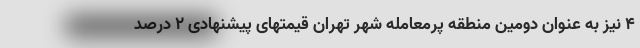
۴ نیز به عنوان دومین منطقه پرمعامله شهر تهران قیمتهای پیشنهادی ۲ درصد